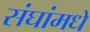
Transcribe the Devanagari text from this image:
संघांमधे